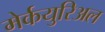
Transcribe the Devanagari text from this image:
मेर्कयुरिअल